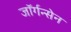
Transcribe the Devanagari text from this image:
जॉर्गन्सेन